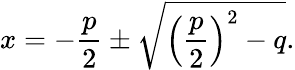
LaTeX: x=-{\frac{p}{2}}\pm{\sqrt{\left({\frac{p}{2}}\right)^{2}-q}}.